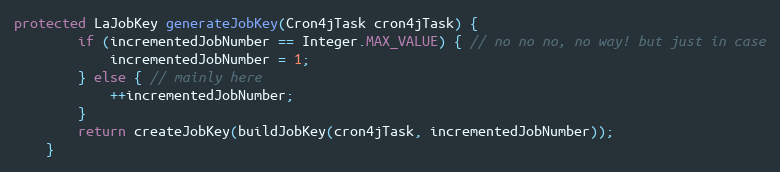
Language: Java
protected LaJobKey generateJobKey(Cron4jTask cron4jTask) {
        if (incrementedJobNumber == Integer.MAX_VALUE) { // no no no, no way! but just in case
            incrementedJobNumber = 1;
        } else { // mainly here
            ++incrementedJobNumber;
        }
        return createJobKey(buildJobKey(cron4jTask, incrementedJobNumber));
    }